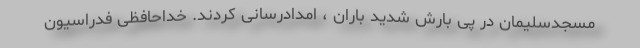
مسجدسلیمان در پی بارش شدید باران ، امدادرسانی کردند. خداحافظی فدراسیون